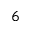
6